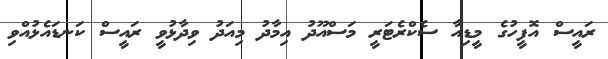
ރައީސް އޮފީހުގެ މީޑިއާ ސެކްރެޓަރީ މަސްއޫދު އިމާދު މިއަދު ވިދާޅުވީ ރައީސް ކަނޑައެޅުއްވި